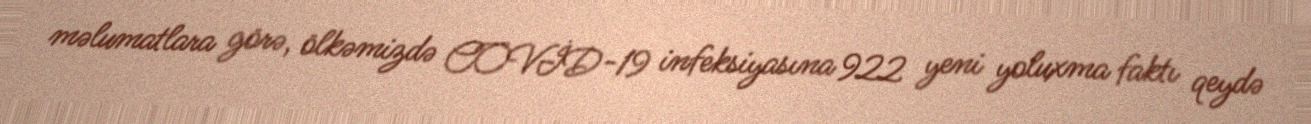
məlumatlara görə, ölkəmizdə COVİD-19 infeksiyasına 922 yeni yoluxma faktı qeydə